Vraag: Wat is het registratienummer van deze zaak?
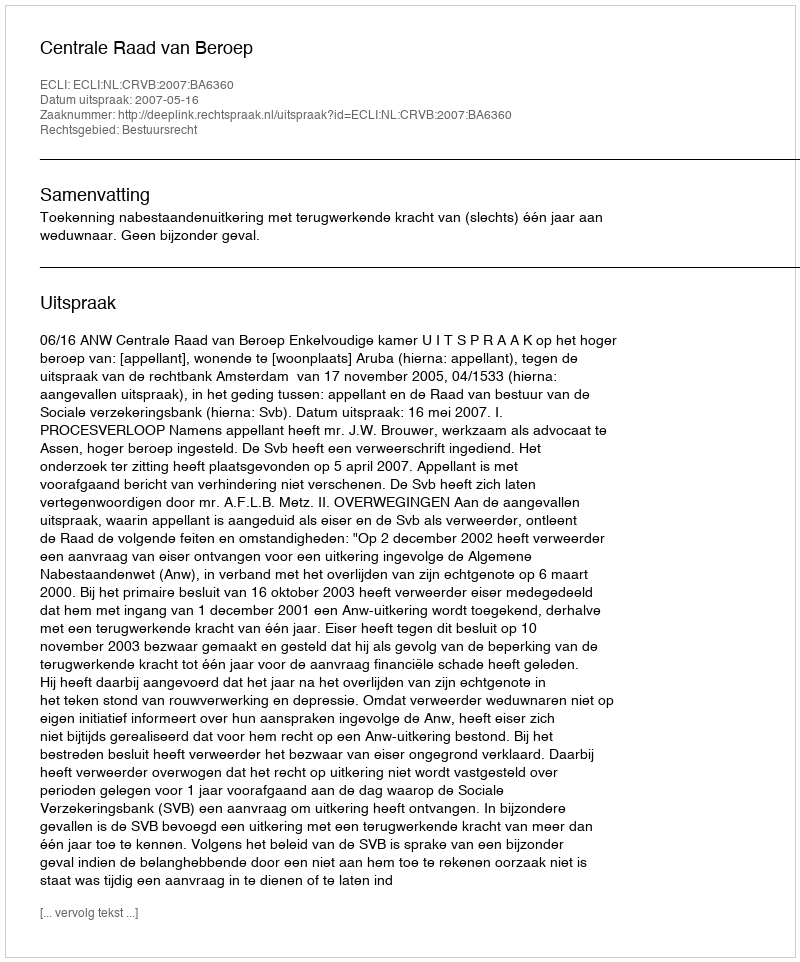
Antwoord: http://deeplink.rechtspraak.nl/uitspraak?id=ECLI:NL:CRVB:2007:BA6360